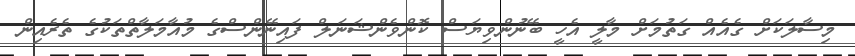
މިސާލަކަށް ގެއެއް ގަތުމަށް މާލީ އެހީ ބޭނުންވިޔަސް ކޮންވެންޝަނަލް ފައިނޭންސްގެ މުއާމަލާތްތަކުގެ ތެރެއިން